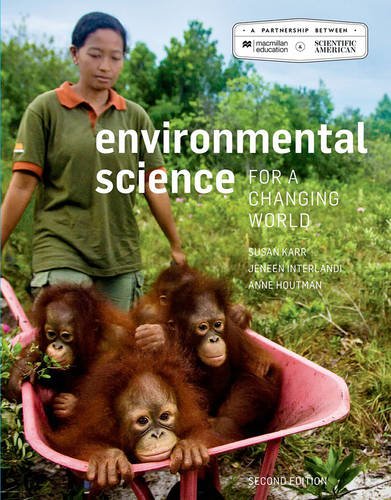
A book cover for Scientific American Environmental Science for a Changing World; Susan Karr; Science & Math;